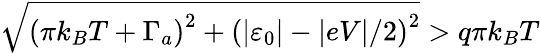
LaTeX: \sqrt{\left(\pi k_{B}T+\Gamma_{a}\right)^{2}+\left(\left\vert\varepsilon_{0}\right\vert-\vert eV\vert/2\right)^{2}}>q\pi k_{B}T